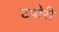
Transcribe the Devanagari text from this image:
टपोरी